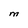
Character: M